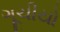
ગૂચીયો